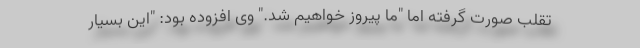
تقلب صورت گرفته اما "ما پیروز خواهیم شد." وی افزوده بود: "این بسیار